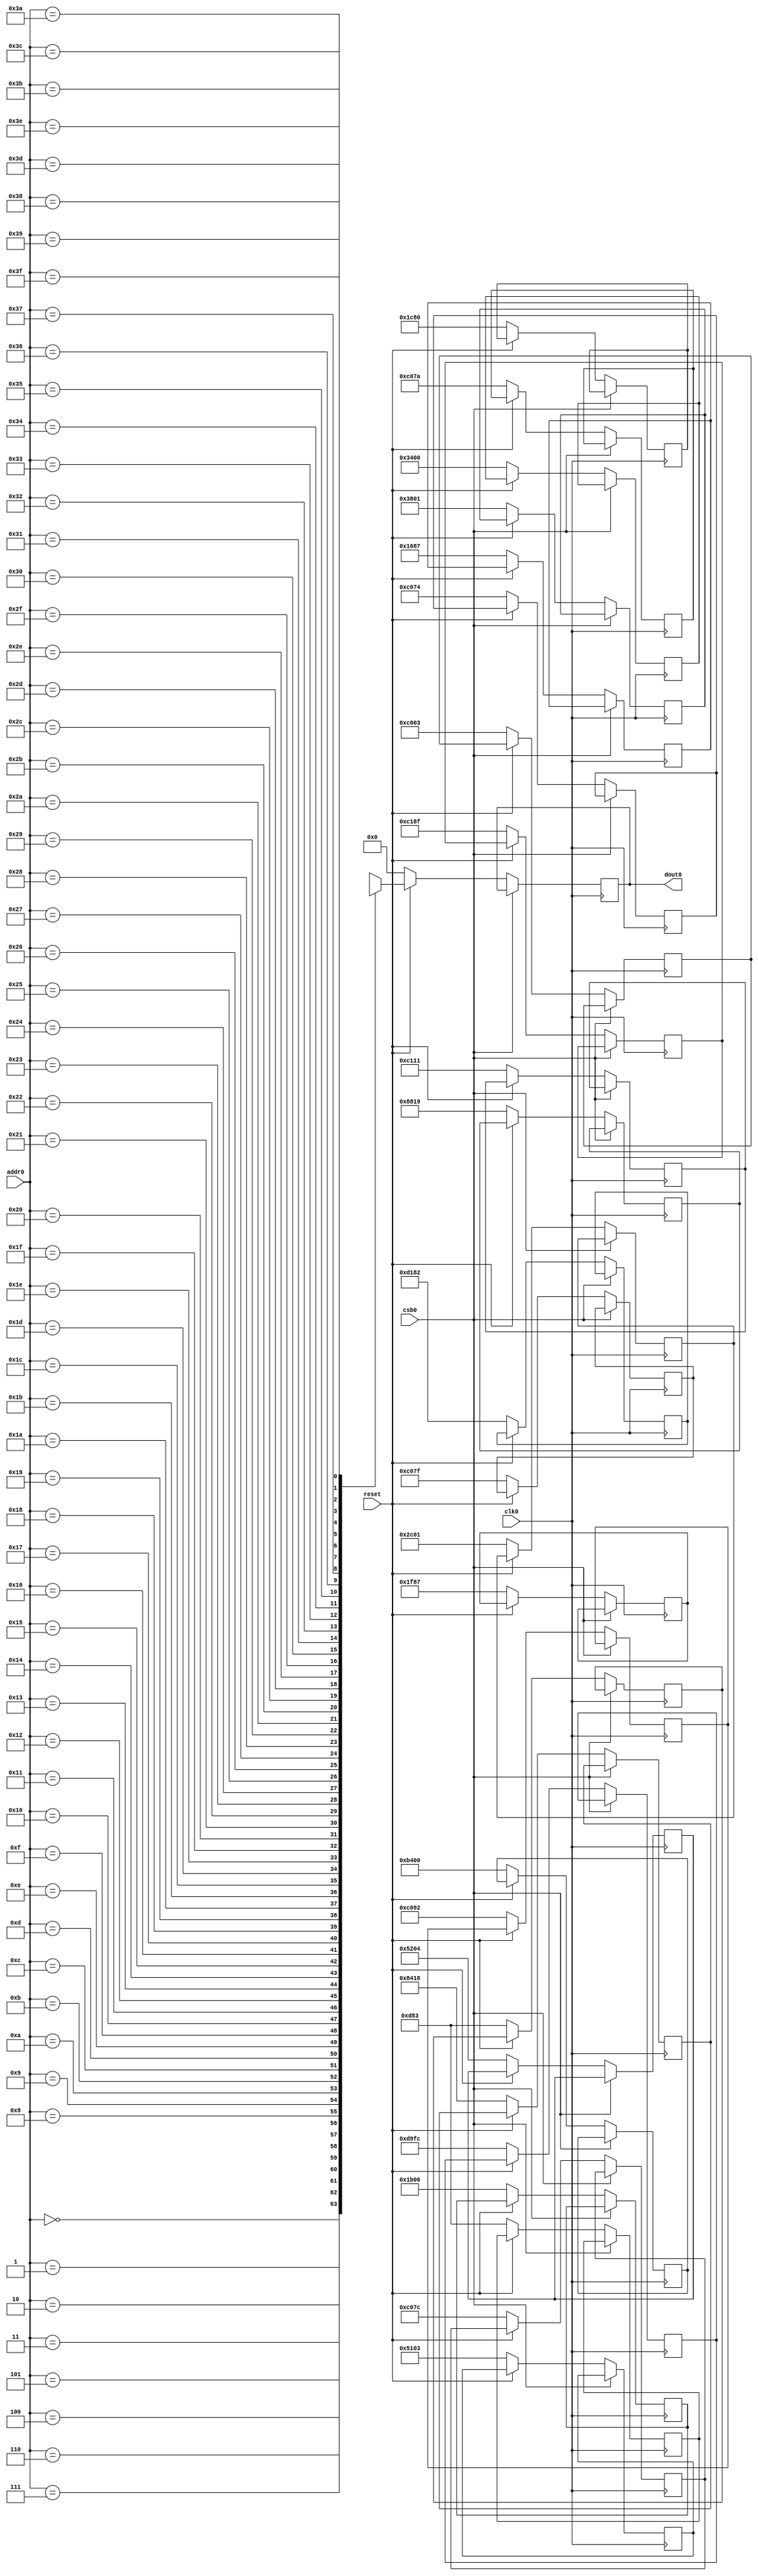
//Instruction Memory for ASIC
//by Yavuz Selim Tozlu

`timescale 1ns/10ps


module instruction_memory(clk0, csb0, addr0, dout0, reset);
	
	input clk0, csb0, reset;
	input [5:0] addr0;
	output reg [15:0] dout0;
	
	reg [15:0] instruction_mem_bank [0:63];
	
	always @(posedge clk0)
	begin
		if(!csb0)
		begin
			if(!reset)
			begin
				instruction_mem_bank[0]<=16'h8418;
				instruction_mem_bank[1]<=16'h8819;
				instruction_mem_bank[2]<=16'h3400;
				instruction_mem_bank[3]<=16'hc092;
				instruction_mem_bank[4]<=16'hc111;
				instruction_mem_bank[5]<=16'h2c01;
				instruction_mem_bank[6]<=16'hc18f;
				instruction_mem_bank[7]<=16'h5103;
				instruction_mem_bank[8]<=16'h5204;
				instruction_mem_bank[9]<=16'hd182;
				instruction_mem_bank[10]<=16'h0d83;
				instruction_mem_bank[11]<=16'hc07a;
				instruction_mem_bank[12]<=16'h3801;
				instruction_mem_bank[13]<=16'h1c80;
				instruction_mem_bank[14]<=16'hc003;
				instruction_mem_bank[15]<=16'h0d83;
				instruction_mem_bank[16]<=16'h1687;
				instruction_mem_bank[17]<=16'hc074;
				instruction_mem_bank[18]<=16'hd9fc;
				instruction_mem_bank[19]<=16'h1f87;
				instruction_mem_bank[20]<=16'h1b06;
				instruction_mem_bank[21]<=16'hc07c;
				instruction_mem_bank[22]<=16'hb400;
				instruction_mem_bank[23]<=16'hc07f;
				dout0 <= 16'h0000;
			end
			else
				dout0 <= instruction_mem_bank[addr0];
		end
	end
endmodule